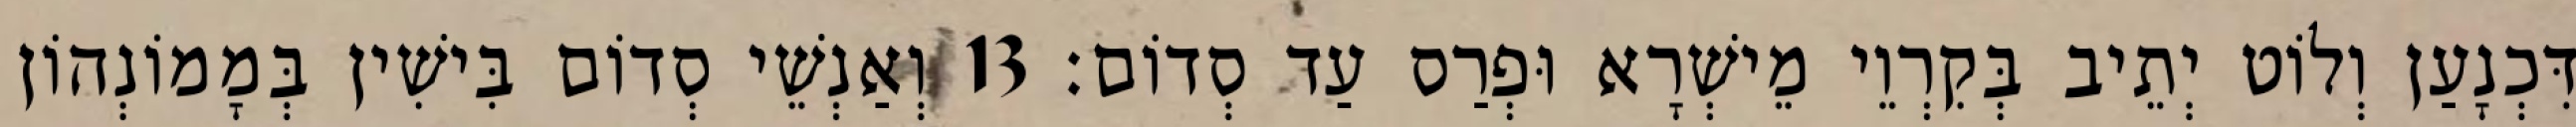
דִּכְנָעַן וְלוֹט יְתֵיב בְּקִרְוֵי מֵישְׁרָא וּפְרַס עַד סְדוֹם׃ 13 וְאַנְשֵׁי סְדוֹם בִּישִׁין בְּמָמוֹנְהוֹן